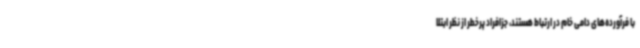
با فرآورده‌های دامی خام در ارتباط هستند، جزافراد پرخطر از نظر ابتلا